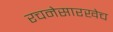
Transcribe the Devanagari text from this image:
रचनेसारखेच